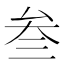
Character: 叁